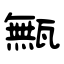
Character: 甒